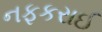
નફકરાઈ